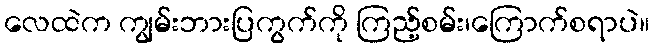
လေထဲက ကျွမ်းဘားပြကွက်ကို ကြည့်စမ်း၊ကြောက်စရာပဲ။